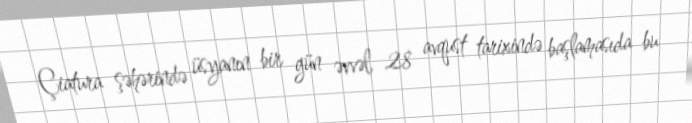
Çiatura şəhərində üsyanın bir gün əvvəl, 28 avqust tarixində başlamasıda bu